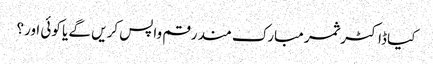
کیا ڈاکٹر ثمر مبارک مند رقم واپس کریں گے یا کوئی اور؟